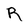
Character: R